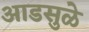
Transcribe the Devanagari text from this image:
आडसुळे